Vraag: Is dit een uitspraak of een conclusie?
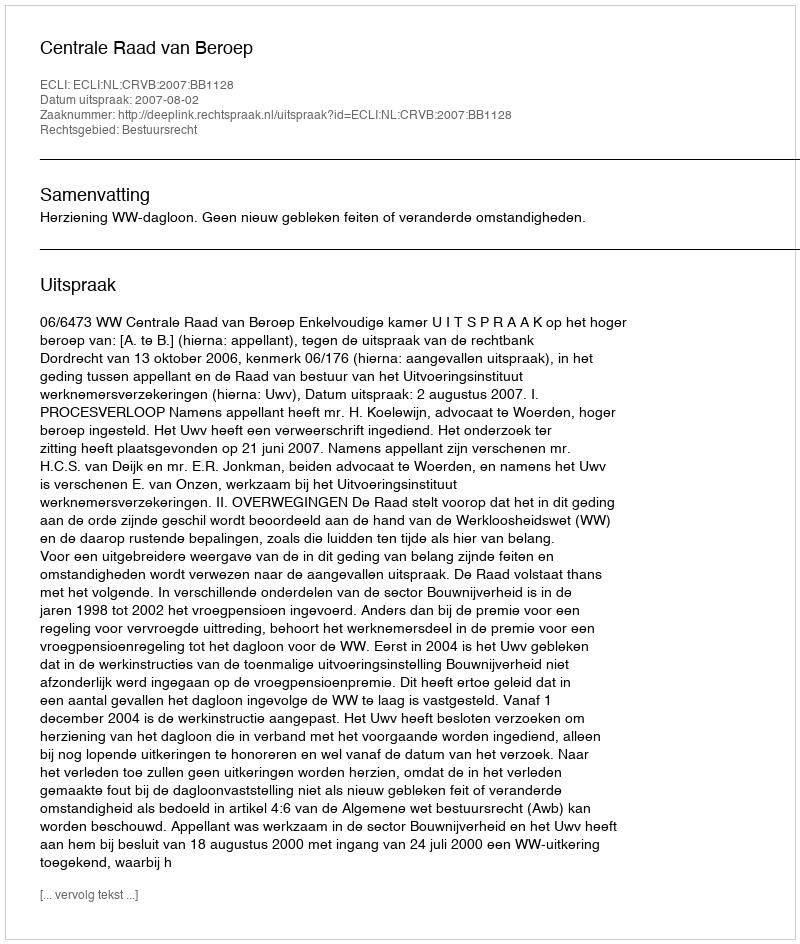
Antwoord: Uitspraak